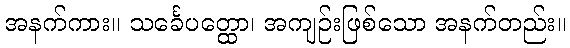
အနက်ကား။ သင်္ခေပတ္ထော၊ အကျဉ်းဖြစ်သော အနက်တည်း။